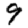
Digit: 9